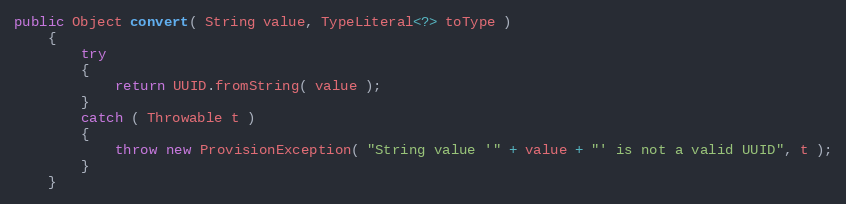
Language: Java
public Object convert( String value, TypeLiteral<?> toType )
    {
        try
        {
            return UUID.fromString( value );
        }
        catch ( Throwable t )
        {
            throw new ProvisionException( "String value '" + value + "' is not a valid UUID", t );
        }
    }